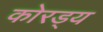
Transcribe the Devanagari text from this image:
कोरड्य